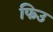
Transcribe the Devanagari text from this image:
फिउ